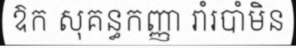
ឱក សុគន្ធកញ្ញា រាំរបាំមិន